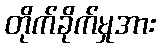
တိုက်ခိုက်မှုအား